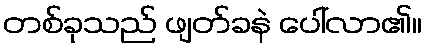
တစ်ခုသည် ဖျတ်ခနဲ ပေါ်လာ၏။